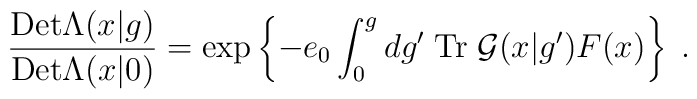
\frac{{\rm Det}\Lambda(x|g)}{{\rm Det}\Lambda(x|0)}=\exp\left\{-e_{0}\int_{0}^{g}dg'\;{\rm Tr}\;{\cal G}(x|g') F(x)\right\}\;.